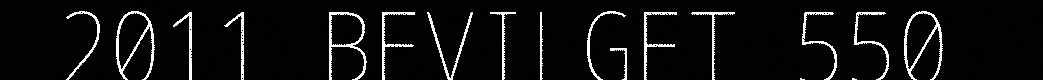
2011 BEVILGET 550